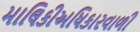
માલિકીઅધિકારવાળી